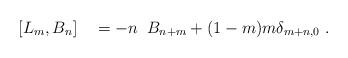
LaTeX: \begin{align*}[ L_m , B_n ] \quad = - n\;\; B_{n+m} + (1-m)m\delta_{m+n,0} \; . \end{align*}